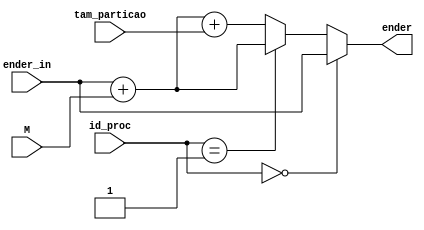
module soma_endereco_proc(id_proc, ender_in, ender, M, tam_particao);

input [1:0] id_proc;
input [8:0] ender_in;
output reg [8:0] ender;
input [6:0] M;
input [6:0] tam_particao;

// Soma deslocamento aos endereos 
// para cada tipo de processo
always @(*)
begin
	if(id_proc == 2'b00)
		ender = ender_in;
	else if(id_proc == 2'b01)
		ender = ender_in + M;
	else
		ender = ender_in + M + tam_particao;
end

endmodule